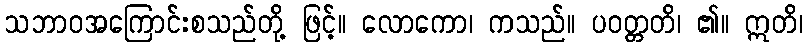
သဘာဝအကြောင်းစသည်တို့ ဖြင့်။ လောကော၊ ကသည်။ ပဝတ္တတိ၊ ၏။ ဣတိ၊